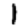
Digit: 1